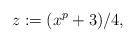
LaTeX: \begin{align*}z:=(x^p+3)/4,\end{align*}